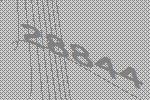
28844